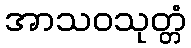
အာသဝသုတ္တံ